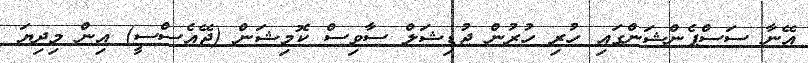
އޭނާ ސަސްޕެންޝަންގައި ހުރި ހުރުން ޖުޑިޝަލް ސާވިސް ކޮމިޝަން (ޖޭއެސްސީ) އިން މިދިޔަ